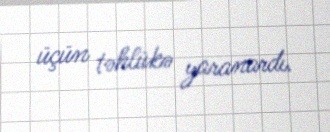
üçün təhlükə yaranardı.